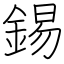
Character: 錫